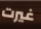
غيرت